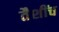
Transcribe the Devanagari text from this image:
तैशींच